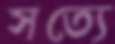
সত্যে